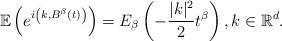
LaTeX: \begin{align*}\mathbb{E}\left(e^{i\left(k,B^{\beta}(t)\right)}\right)=E_{\beta}\left(-\frac{|k|^{2}}{2}t^{\beta}\right),k\in\mathbb{R}^{d}.\end{align*}